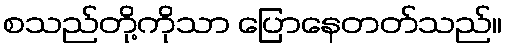
စသည်တို့ကိုသာ ပြောနေတတ်သည်။